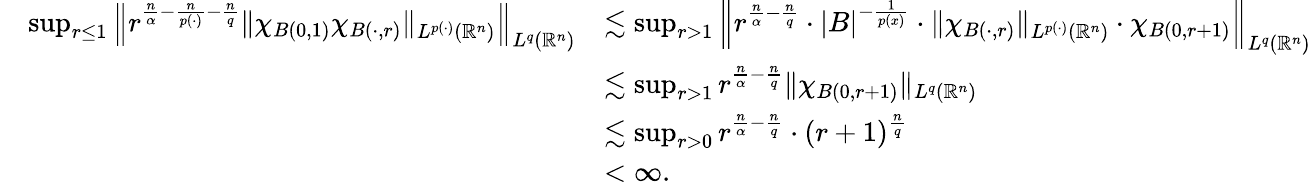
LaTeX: \begin{array}{rl}{\quad\operatorname*{sup}_{r\leq 1}\left\| r^{\frac{n}{\alpha}-\frac{n}{p(\cdot)}-\frac{n}{q}}\| \chi_{B(0,1)}\chi_{B(\cdot,r)}\| _{L^{p(\cdot)}(\mathbb{R}^{n})}\right\| _{L^{q}(\mathbb{R}^{n})}}&{\lesssim\operatorname*{sup}_{r>1}\left\| r^{\frac{n}{\alpha}-\frac{n}{q}}\cdot|B|^{-\frac{1}{p(x)}}\cdot\| \chi_{B(\cdot,r)}\| _{L^{p(\cdot)}(\mathbb{R}^{n})}\cdot\chi_{B(0,r+1)}\right\| _{L^{q}(\mathbb{R}^{n})}}\\ &{\lesssim\operatorname*{sup}_{r>1}r^{\frac{n}{\alpha}-\frac{n}{q}}\| \chi_{B(0,r+1)}\| _{L^{q}(\mathbb{R}^{n})}}\\ &{\lesssim\operatorname*{sup}_{r>0}r^{\frac{n}{\alpha}-\frac{n}{q}}\cdot(r+1)^{\frac{n}{q}}}\\ &{<\infty.}\end{array}